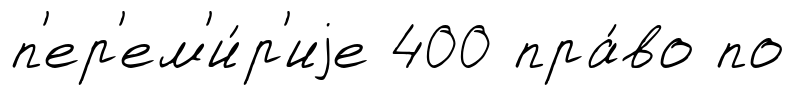
п'ер'ем'и́р'иjе 400 пра́во по